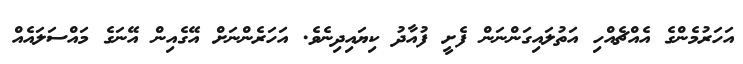
އަހަރުމެންގެ އެއްޗެއްހި އަތުލައިގަންނަން ފެށީ ފުއާދު ކިޔައިދިނެވެ. އަހަރެންނަށް އޭގެއިން އޭނަގެ މައްސަލައެއް